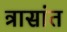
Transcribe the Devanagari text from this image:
त्रासांत